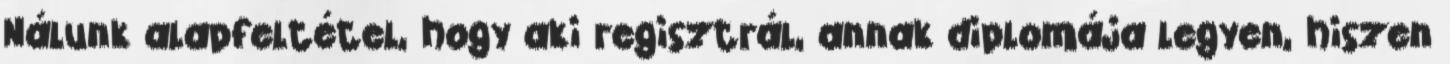
Nálunk alapfeltétel, hogy aki regisztrál, annak diplomája legyen, hiszen